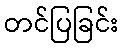
တင်ပြခြင်း